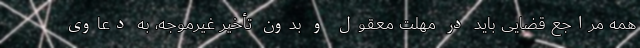
همه مراجع قضایی باید در مهلت معقول و بدون تأخیر غیرموجه، به دعاوی